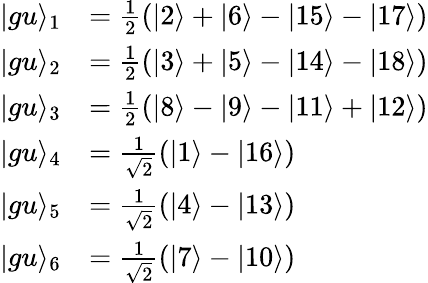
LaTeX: \begin{array}{rl}{\vert gu\rangle_{1}}&{=\frac{1}{2}(\vert 2\rangle+\vert 6\rangle-\vert 15\rangle-\vert 17\rangle)}\\ {\vert gu\rangle_{2}}&{=\frac{1}{2}(\vert 3\rangle+\vert 5\rangle-\vert 14\rangle-\vert 18\rangle)}\\ {\vert gu\rangle_{3}}&{=\frac{1}{2}(\vert 8\rangle-\vert 9\rangle-\vert 11\rangle+\vert 12\rangle)}\\ {\vert gu\rangle_{4}}&{=\frac{1}{\sqrt{2}}(\vert 1\rangle-\vert 16\rangle)}\\ {\vert gu\rangle_{5}}&{=\frac{1}{\sqrt{2}}(\vert 4\rangle-\vert 13\rangle)}\\ {\vert gu\rangle_{6}}&{=\frac{1}{\sqrt{2}}(\vert 7\rangle-\vert 10\rangle)}\end{array}